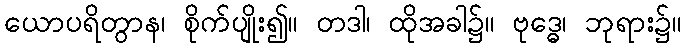
ယောပရိတွာန၊ စိုက်ပျိုး၍။ တဒါ၊ ထိုအခါ၌။ ဗုဒ္ဓေ၊ ဘုရား၌။